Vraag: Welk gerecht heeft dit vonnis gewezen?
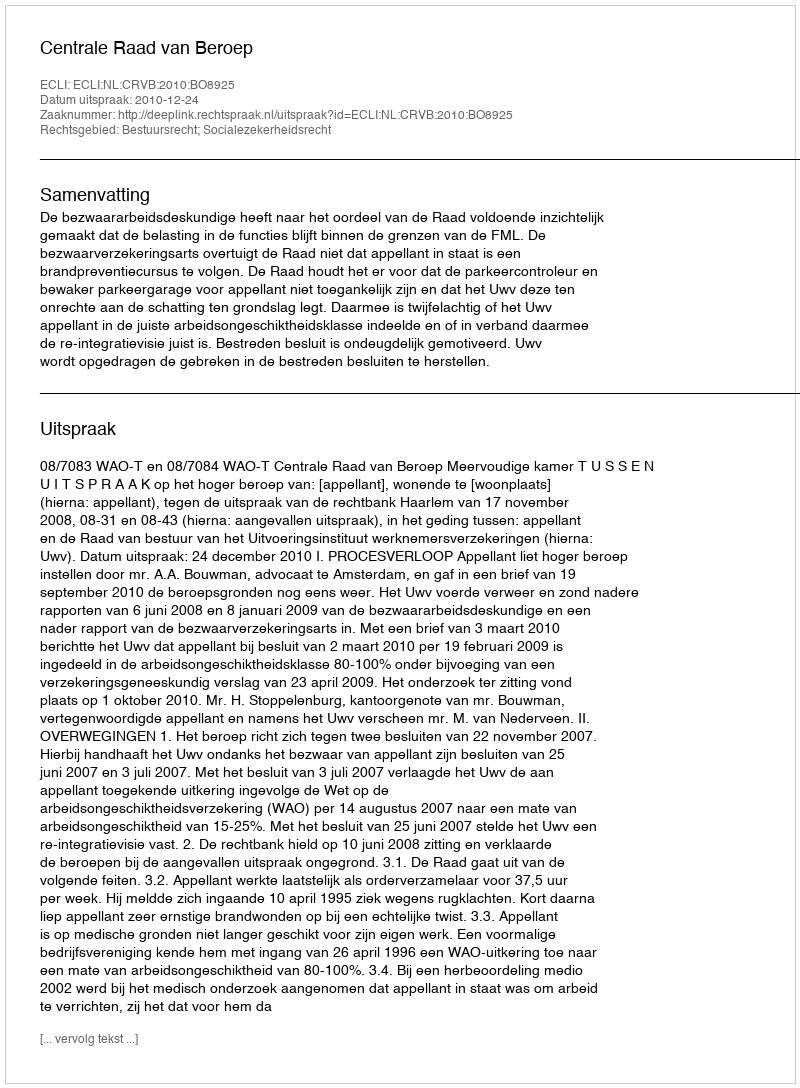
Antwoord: Centrale Raad van Beroep